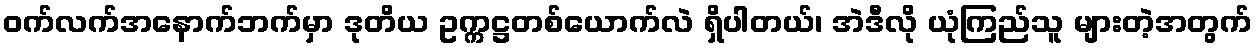
ဝက်လက်အနောက်ဘက်မှာ ဒုတိယ ဥက္ကဋ္ဌတစ်ယောက်လဲ ရှိပါတယ်၊ အဲဒီလို ယုံကြည်သူ များတဲ့အတွက်